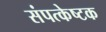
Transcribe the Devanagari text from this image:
संपत्केष्टक